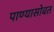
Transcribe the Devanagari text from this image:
पाण्‍यासोबत